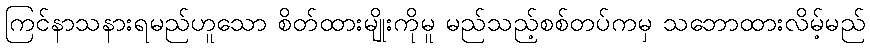
ကြင်နာသနားရမည်ဟူသော စိတ်ထားမျိုးကိုမူ မည်သည့်စစ်တပ်ကမှ သဘောထားလိမ့်မည်